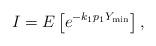
LaTeX: \begin{align*}I = E\left[e^{-k_1 p_1 Y_{\min}}\right],\end{align*}